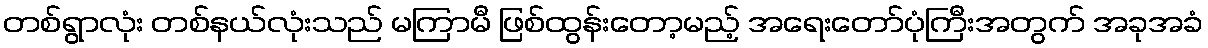
တစ်ရွာလုံး တစ်နယ်လုံးသည် မကြာမီ ဖြစ်ထွန်းတော့မည့် အရေးတော်ပုံကြီးအတွက် အခုအခံ